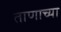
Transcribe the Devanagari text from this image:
ताणाच्या